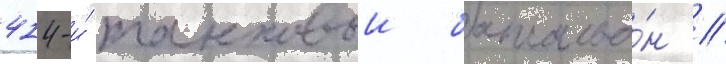
414-и́ танковыи батальо́н //